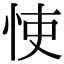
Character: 㤦